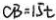
C B = 1 5 t